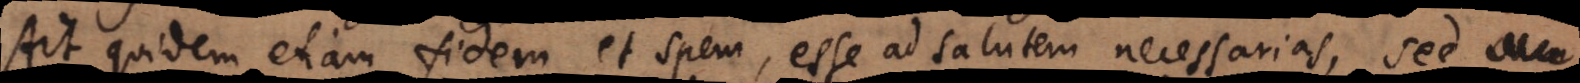
Ait quidem etiam fidem et spem, esse ad salutem necessarias, sed